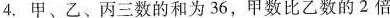
4. 甲、乙、丙三数的和为36，甲数比乙数的2倍